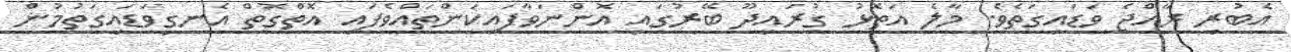
އެބުރި ރާއްޖެ ވަޑައިގަތެވެ. މާލެ އަތޮޅު ގުރައިދޫ ބޭރުގައި އޮންނަވާފައިކަންތައްވެފައި އޮތްގޮތް އެނގިވަޑައިގަތުމުން